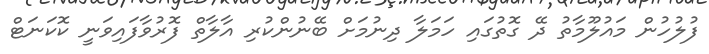
ފުލުހުން މައުލޫމާތު ދޭ ގޮތުގައި ހަމަލާ ދިނުމަށް ބޭނުންކުރި އާލާތް ފޮރުވާފައިވަނީ ކޮކަނަޓް